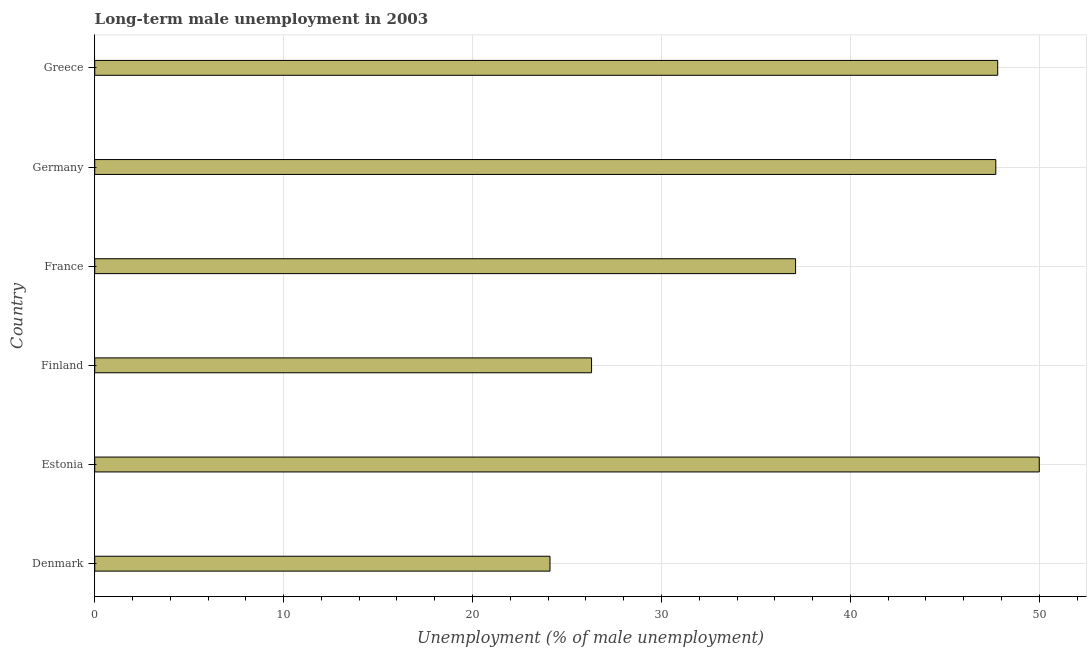
| Country | Long-term unemployment male |
 | --- | --- |
 | Denmark | 24.1 |
 | Estonia | 50 |
 | Finland | 26.3 |
 | France | 37.1 |
 | Germany | 47.7 |
 | Greece | 47.8 |